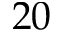
2 0